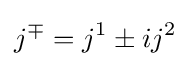
j^{\mp }=j^{1}\pm ij^{2}